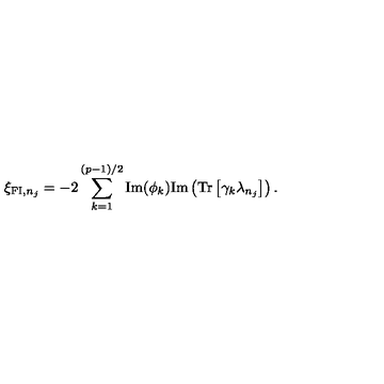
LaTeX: \xi _ { \mathrm { { \small F I } } , n _ { j } } = - 2 \sum _ { k = 1 } ^ { ( p - 1 ) / 2 } \mathrm { I m } ( \phi _ { k } ) \mathrm { I m } \left( \mathrm { T r } \left[ \gamma _ { k } \lambda _ { n _ { j } } \right] \right) .